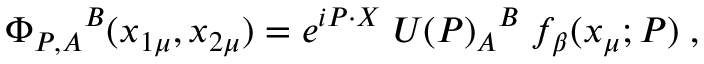
{ \Phi _ { P , A } } ^ { B } ( x _ { 1 \mu } , x _ { 2 \mu } ) = e ^ { i P \cdot X } \; { U ( P ) _ { A } } ^ { B } \; f _ { \beta } ( x _ { \mu } ; P ) \; ,